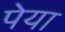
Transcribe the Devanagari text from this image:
पेया